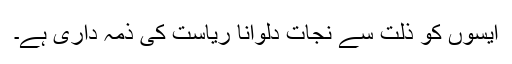
ایسوں کو ذلت سے نجات دلوانا ریاست کی ذمہ داری ہے۔